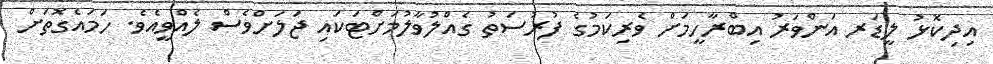
އިދިކޮޅު ލީޑަރ އަންވަރު އިބްރާހީމަށް ވެރިކަމުގެ ފުރުސަތު ގެއްލުވާލުމަށްޓަކައި ޖަލަށްވެސް ލެއްވީއެވެ. ހަމައެގޮތަށް